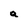
Character: a